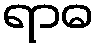
ရာဓ